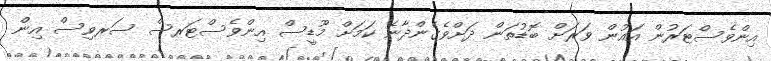
އިންވެސްޓަރުން އައުން ވަރަށް ބޮޑުތަން ދަށްވެގެންދާނެ ކަމަށް މޫޑީސް އިންވެސްޓަރސް ސަރވިސް އިން